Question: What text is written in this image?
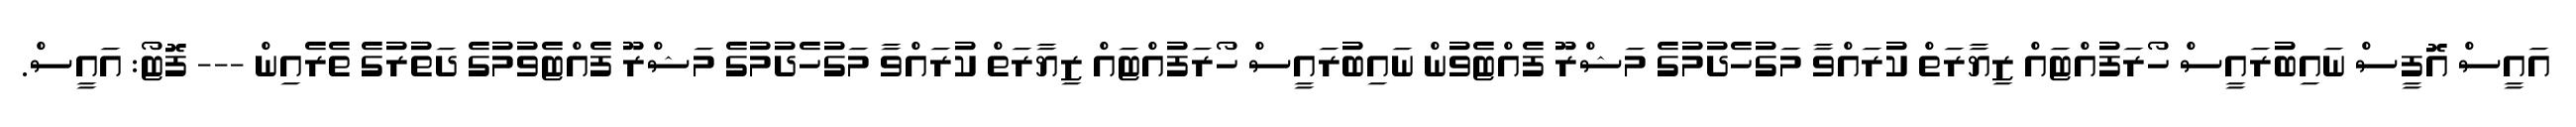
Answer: އައީސް އޮފީސް ނައިބުރައީސް ހޯރަފުއްޓައް ޒިޔާރަތް ކުރައްވާ މަގުހެދުމުގެ މަޝްރޫ ފެއްޓެވުން ނައިބުރައީސް ހޯރަފުއްޓައް ޒިޔާރަތް ކުރައްވާ މަގުހެދުމުގެ މަޝްރޫ ފެއްޓެވުމުގެ ދަތުރުގެ ތެރެއިން --- ފޮޓޯ: އައީސް.